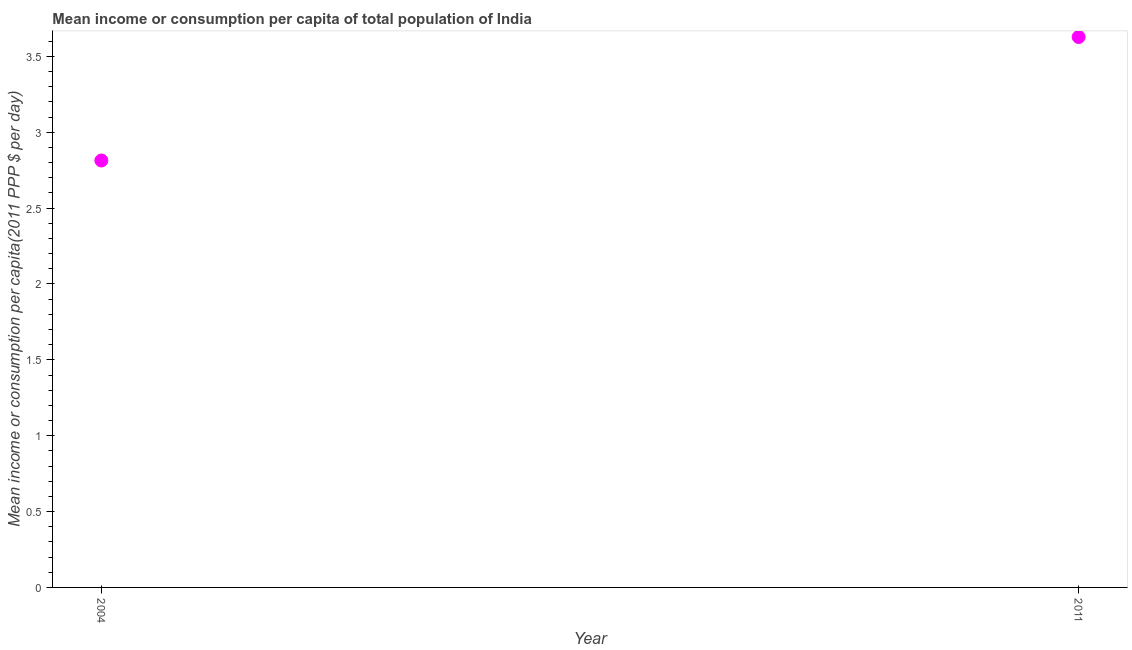
| Year | Total population |
 | --- | --- |
 | 2004 | 2.81 |
 | 2011 | 3.63 |